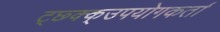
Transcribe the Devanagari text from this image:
ट्छ्क्क्उपयोगकर्ता